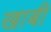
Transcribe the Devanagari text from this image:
खाबी